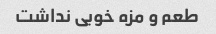
طعم و مزه خوبی نداشت